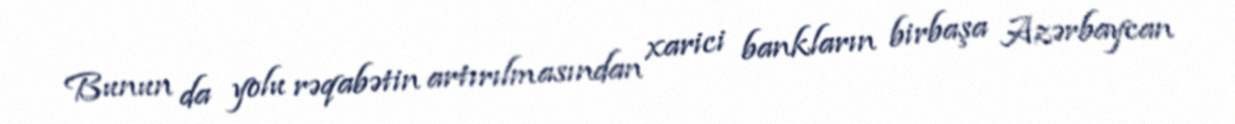
Bunun da yolu rəqabətin artırılmasından xarici bankların birbaşa Azərbaycan